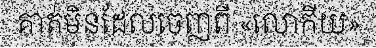
គាត់មិនដែលចេញពី «លោកីយ»